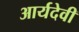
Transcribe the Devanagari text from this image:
आर्यदेवी